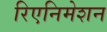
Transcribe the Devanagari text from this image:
रिएनिमेशन